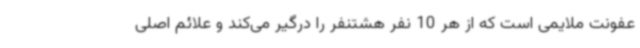
عفونت ملایمی است که از هر 10 نفر هشتنفر را درگیر می‌کند و علائم اصلی